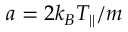
a = 2 k _ { B } T _ { \parallel } / m